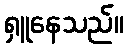
ရှူနေသည်။